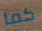
كما